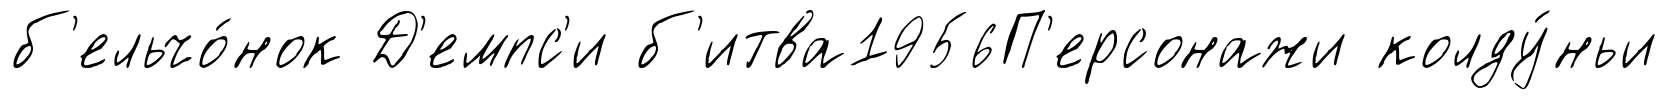
б'ельчо́нок Д'емпс'и б'итва1956П'ерсонажи колду́ньи